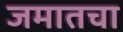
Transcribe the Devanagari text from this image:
जमातचा